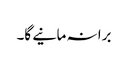
برا نہ مانیے گا۔